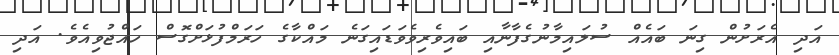
އަދި އެރަށުން ގިނަ ބައެއް ސުލައިމާނުގެފާނާއި ބައިވެރިވެވަޑައިގަނެ މައްކާގެ ހަރަމްފުޅަށްގޮސް ހައްޖުވިއެވެ. އަދި